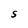
Character: S